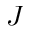
J